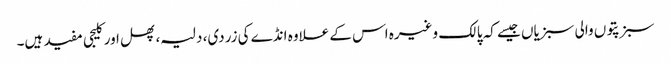
سبز پتوں والی سبزیاں جیسے کہ پالک وغیرہ اس کے علاوہ انڈے کی زردی، دلیہ، پھل اور کلیجی مفید ہیں۔